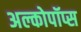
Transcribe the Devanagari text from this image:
अल्कोपॉप्स